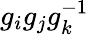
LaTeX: g_{i}g_{j}g_{k}^{-1}